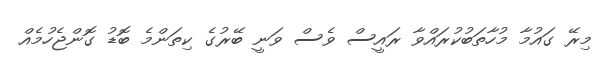
މިރޭ ގައުމާ މުހާތަބުކުރައްވާ ރައީސް ވެސް ވަނީ ބޭރުގެ ކިތަންމެ ބޮޑު ގޮންޖެހުމެއް